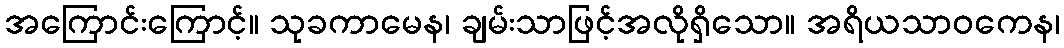
အကြောင်းကြောင့်။ သုခကာမေန၊ ချမ်းသာဖြင့်အလိုရှိသော။ အရိယသာဝကေန၊